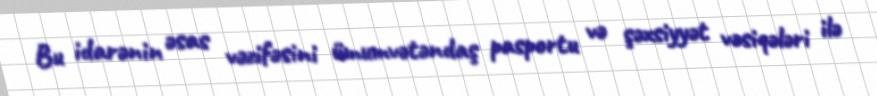
Bu idarənin əsas vəzifəsini ümumvətəndaş pasportu və şəxsiyyət vəsiqələri ilə